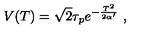
V ( T ) = \sqrt { 2 } \tau _ { p } e ^ { - { \frac { T ^ { 2 } } { 2 \alpha ^ { \prime } } } } \ ,